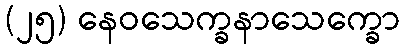
(၂၅) နေဝသေက္ခနာသေက္ခော